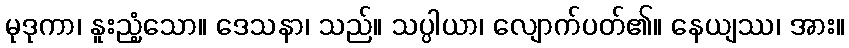
မုဒုကာ၊ နူးညံ့သော။ ဒေသနာ၊ သည်။ သပ္ပါယာ၊ လျောက်ပတ်၏။ နေယျဿ၊ အား။